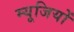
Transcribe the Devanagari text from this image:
म्यूजियों